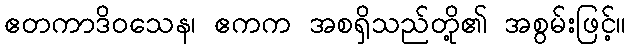
ဧတကာဒိဝသေန၊ ဧကက အစရှိသည်တို့၏ အစွမ်းဖြင့်။